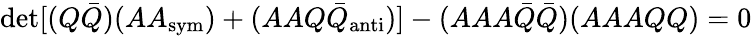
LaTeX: \operatorname*{det}[(Q{\bar{Q}})(AA_{\mathrm{sym}})+(AAQ{\bar{Q}}_{\mathrm{anti}})]-(AAA{\bar{Q}}{\bar{Q}})(AAAQQ)=0